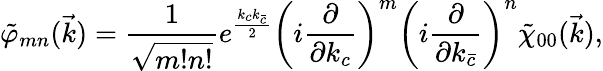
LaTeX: \tilde{\varphi}_{mn}(\vec{k})=\frac{1}{\sqrt{m!n!}}e^{\frac{k_{c}k_{\bar{c}}}{2}}\left(i\frac{\partial}{\partial k_{c}}\right)^{m}\left(i\frac{\partial}{\partial k_{\bar{c}}}\right)^{n}\tilde{\chi}_{00}(\vec{k}),